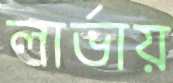
লার্ভায়